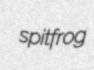
spitfrog